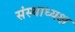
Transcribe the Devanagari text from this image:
संस्थाध्यक्ष